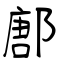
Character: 鄌